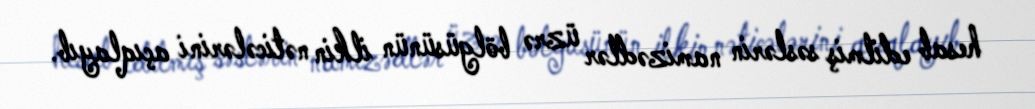
hesab edilmiş səslərin namizədlər üzrə bölgüsünün ilkin nəticələrini açıqlayıb.